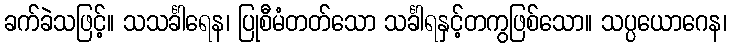
ခက်ခဲသဖြင့်။ သသင်္ခါရေန၊ ပြုစီမံတတ်သော သင်္ခါရနှင့်တကွဖြစ်သော။ သပ္ပယောဂေန၊